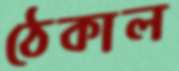
ঠেকাল